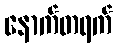
နောက်တရက်